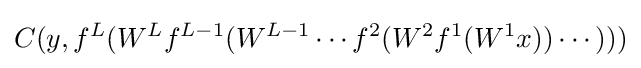
C(y,f^{L}(W^{L}f^{L-1}(W^{L-1}\cdots f^{2}(W^{2}f^{1}(W^{1}x))\cdots )))